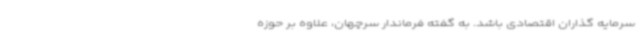
سرمایه گذاران اقتصادی باشد. به گفته فرماندار سرچهان، علاوه بر حوزه